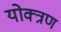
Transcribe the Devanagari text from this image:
योक्त्रण